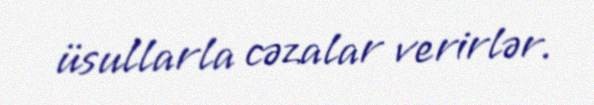
üsullarla cəzalar verirlər.